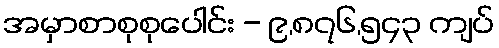
အမှာစာစုစုပေါင်း - ၉,၈၇၆,၅၄၃ ကျပ်